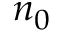
n _ { 0 }